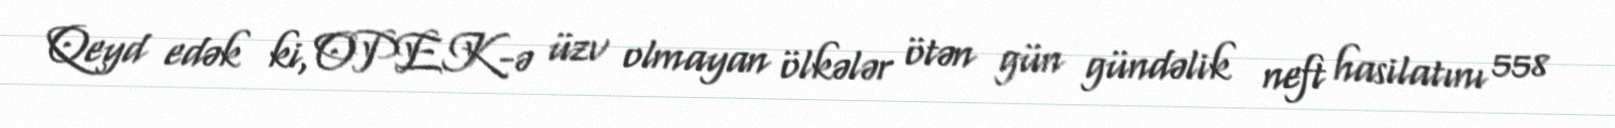
Qeyd edək ki, OPEK-ə üzv olmayan ölkələr ötən gün gündəlik neft hasilatını 558